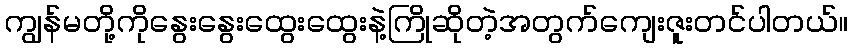
ကျွန်မတို့ကိုနွေးနွေးထွေးထွေးနဲ့ကြိုဆိုတဲ့အတွက်ကျေးဇူးတင်ပါတယ်။